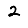
Digit: 2